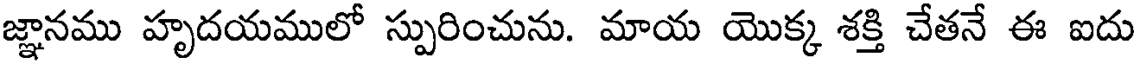
జ్ఞానము హృదయములో స్పురించును. మాయ యొక్క శక్తి చేతనే ఈ ఐదు